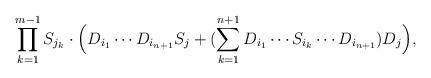
LaTeX: \begin{align*} \prod\limits_{k = 1}^{m-1}S_{j_k}\cdot\Big(D_{i_1}\cdots D_{i_{n+1}}S_j + (\sum\limits_{k = 1}^{n+1}D_{i_1}\cdots S_{i_k}\cdots D_{i_{n+1}})D_j\Big),\end{align*}